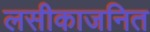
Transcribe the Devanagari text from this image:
लसीकाजनित